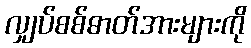
လျှပ်စစ်ဓာတ်အားများကို